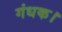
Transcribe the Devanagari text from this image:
गंधक।